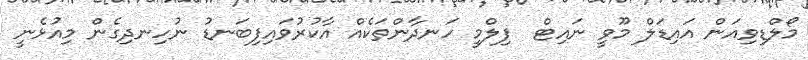
މޯލްޑިވިއަން އައިޑަލް މޫވީ ނައިޓް  ފިލްމީ ހަނދާންތަކެއް އާކުރުވައިފިބަނޑު ނުހިނދިގެން މިއުޅެނީ